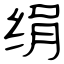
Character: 绢